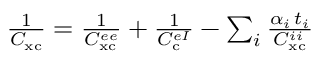
\begin{array} { r } { \frac { 1 } { C _ { \mathrm { x c } } } = \frac { 1 } { C _ { \mathrm { x c } } ^ { e e } } + \frac { 1 } { C _ { \mathrm { c } } ^ { e I } } - \sum _ { i } \frac { \alpha _ { i } \, t _ { i } } { C _ { \mathrm { x c } } ^ { i i } } } \end{array}